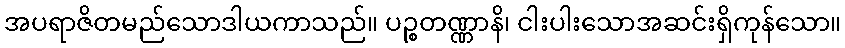
အပရာဇိတမည်သောဒါယကာသည်။ ပဉ္စတဏ္ဏာနိ၊ ငါးပါးသောအဆင်းရှိကုန်သော။